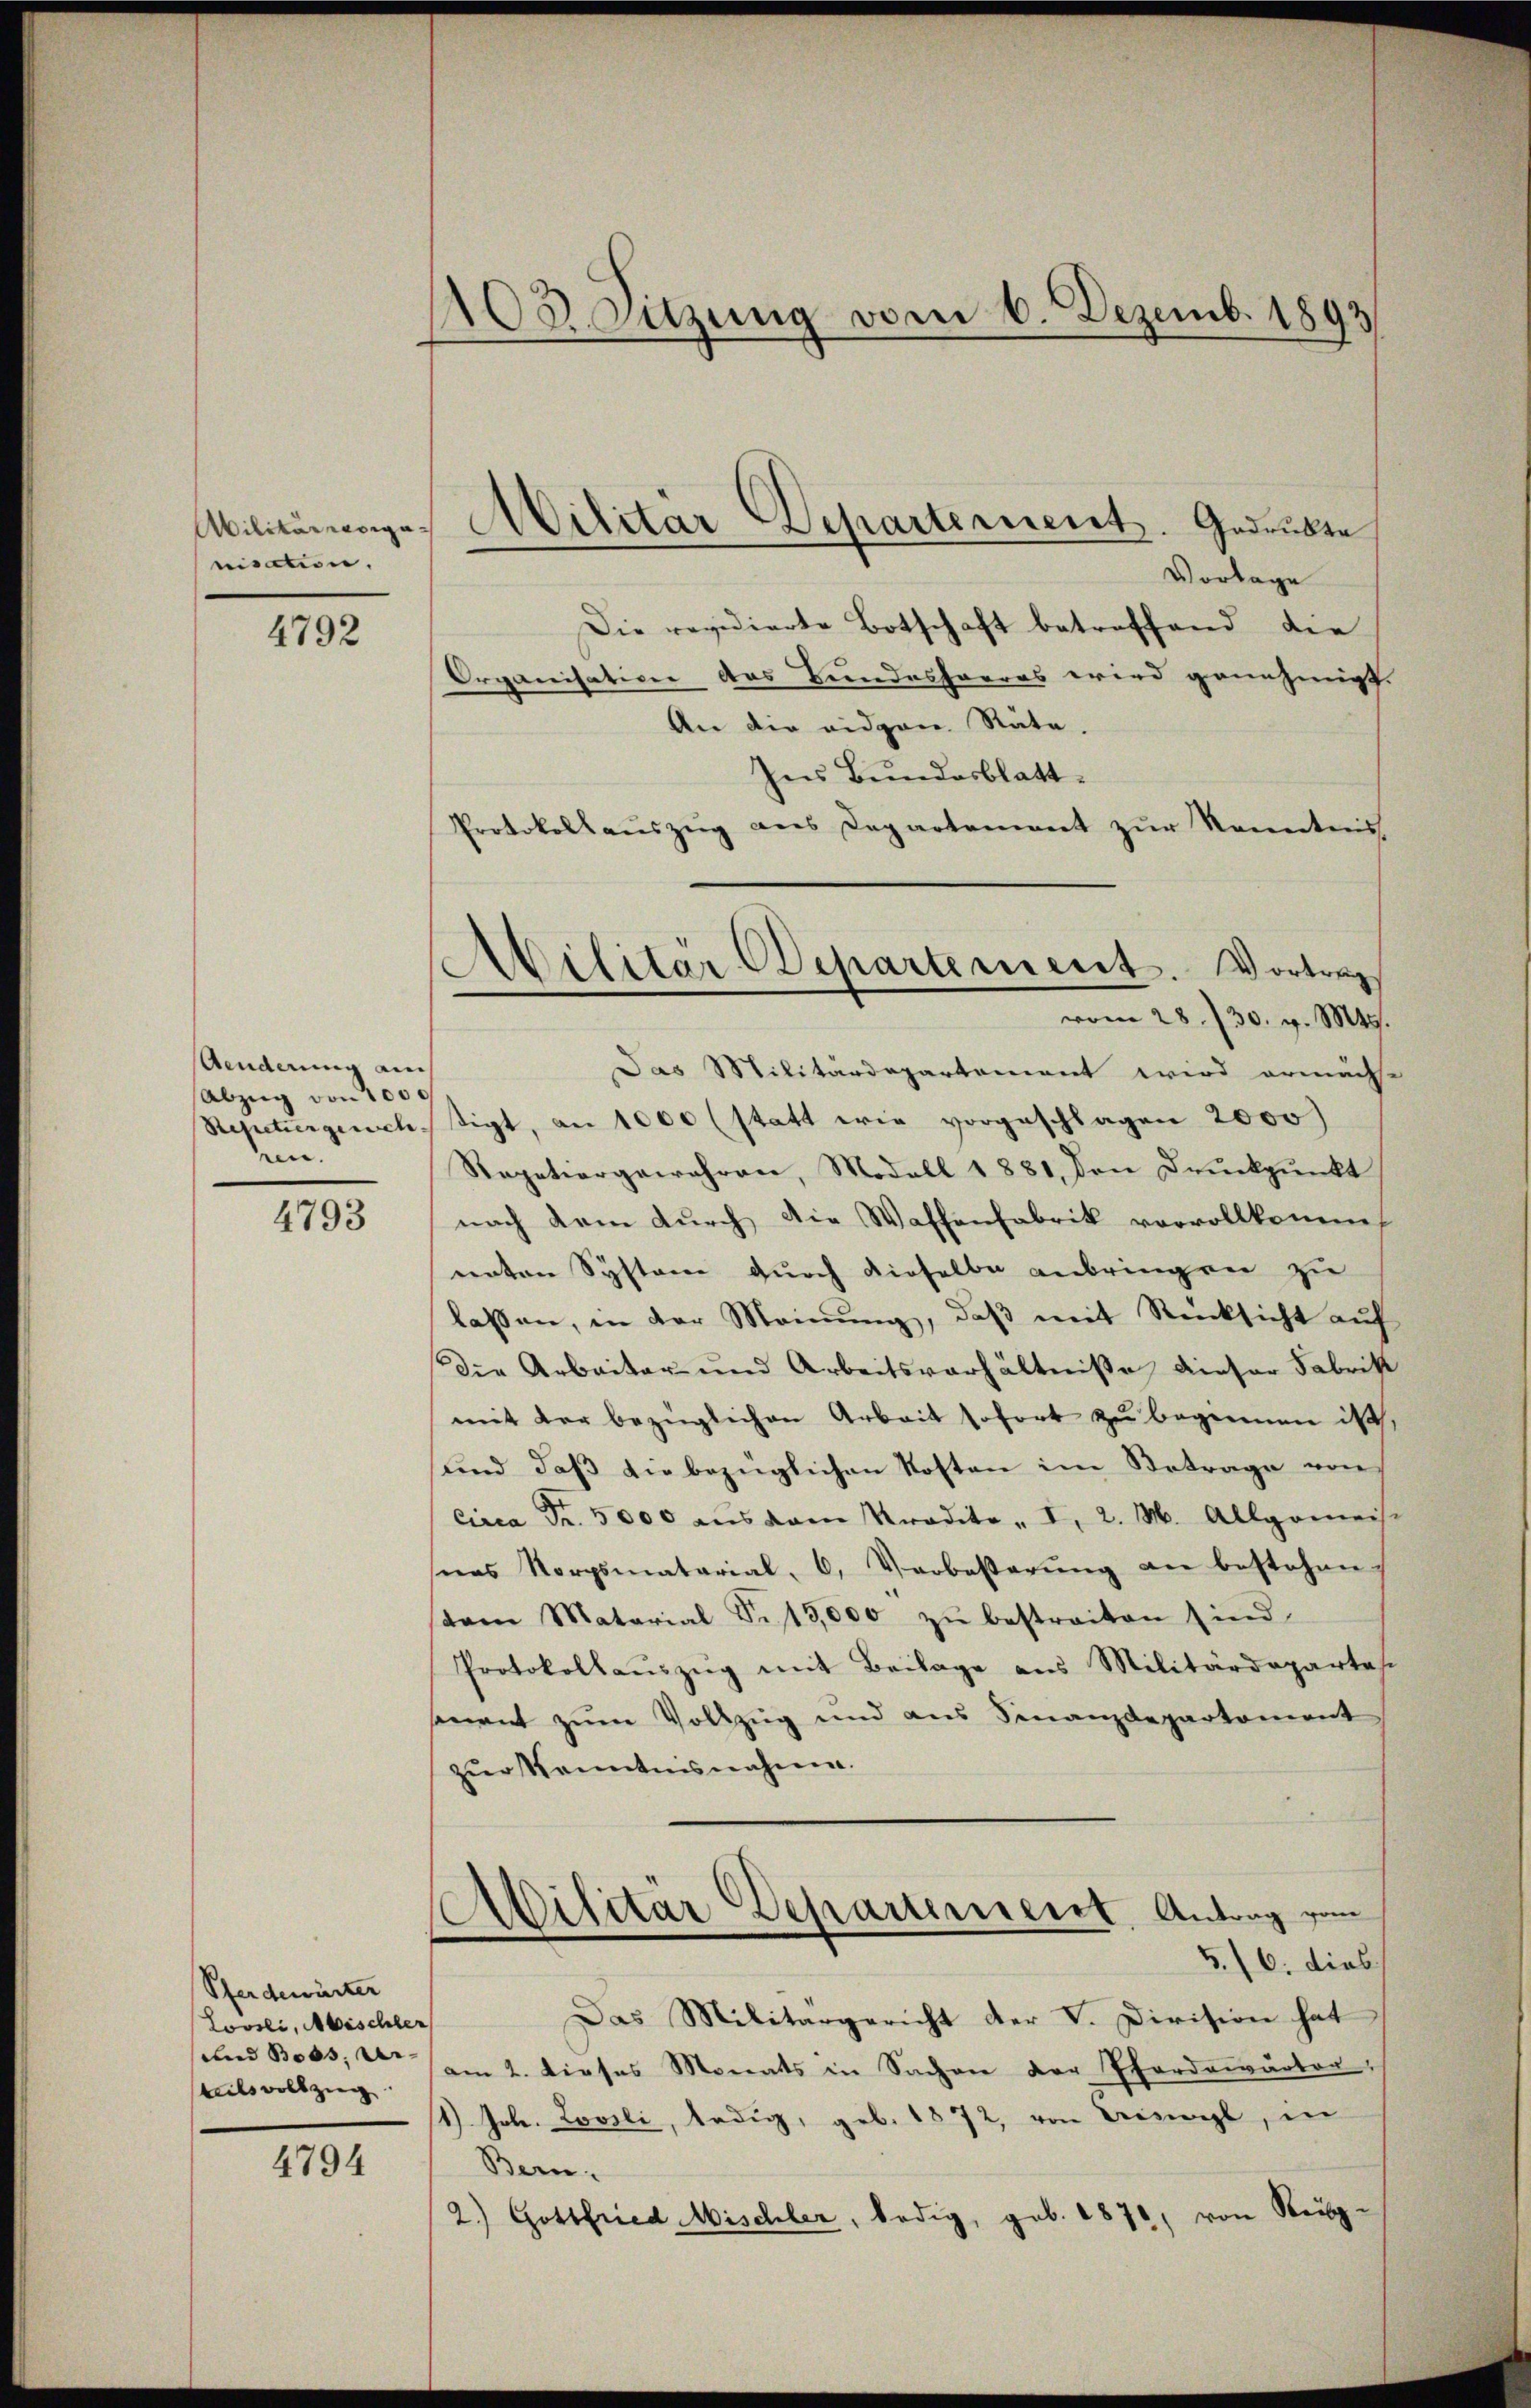
Militärorganisation.

4792

Aenderung auch
Abzŭg von 1000
Repetiergerich- |
ren.

4793

Pferdewärter
Lovsli, Mischler
und Boos, Ar-
teils vollzug

4794

AOdanzung vom 6. Dezemb. 1893

Vorlage
Die revidierte Botschaft betreffend die
Organisation des Bundesharres wird genehmigt.
An die eidgen. Räte.
Ins Bundesblatt¬
Protokollaŭszŭg ans Departement zŭr Kenntnis
Das Militärdepartement wird ermächt.
tigt, an 1000 (statt wie vorgeschlagen 2000
Repetiergewahren, Modell 1881, den Druckpunkt
nach dem durch die Waffenfabrik vorvollkomm
unten Systeme durch dieselbe anbringen zu
lassen, in der Meinung, daß mit Rücksicht auf
Die Arbeiter und Arbeitsverhältniße dieser Fabritt
mit der bezüglichen Arbeit sofort zŭ beginnen ist
und, daβ die bezüglichen Kosten im Betrage von
Circa Fr. 5000 aŭs dem Pradita, I, 2. M. Allgemei
seas Korpsmatarial, 6, Verbesserŭng an bestehen.
stem Matarial S. 13,000 zŭ bestreiten sind.
Protokollaŭszŭg mit Beilage ans Militärdeparte
sement zum Vollzug und aus Finanzdepartament
zur Kenntnisnahme.
Abilitär Departement, Antrag vom
5./6. dies
Das Militärgericht der V. Division hat
am 2. dieses Monats in Sachen der Pferdewärter,
1) Joh. Lovili, ledig, geb. 1872, von Beisagt, in
Bern.
2.) Gottfried Mischler, ledig, geb. 1870, von Reis-

Abilitär-Departement. Gedruckte

Militär-Departement. Vortrag
vom 28. 730. v. Mts.